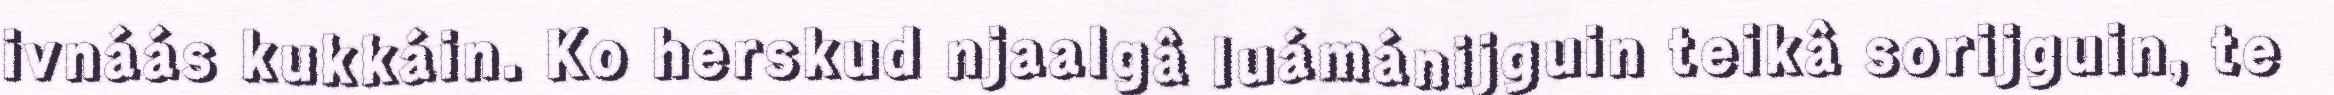
ivnáás kukkáin. Ko herskud njaalgâ luámánijguin teikâ sorijguin, te